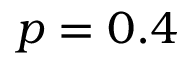
p = 0 . 4